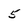
Character: 5